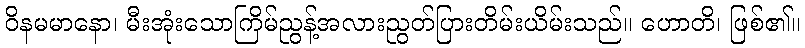
ဝိနမမာနော၊ မီးအုံးသောကြိမ်ညွန့်အလားညွတ်ပြားတိမ်းယိမ်းသည်။ ဟောတိ၊ ဖြစ်၏။